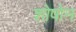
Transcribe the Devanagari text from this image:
शोषोन